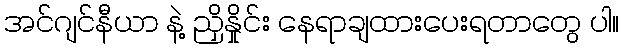
အင်ဂျင်နီယာ နဲ့ ညှိနှိုင်း နေရာချထားပေးရတာတွေ ပါ။